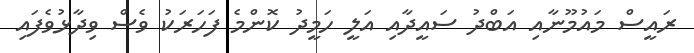
ރައީސް މައުމޫނާއި އަބްދު ސައީދާއި އަލީ ހަމީދު ކޮންމެ ފަހަރަކު ވެސް ވިދާޅުވެފައި